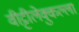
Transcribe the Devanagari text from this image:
वीट्टीलेक्कुल्ला